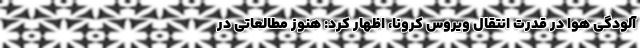
آلودگی هوا در قدرت انتقال ویروس کرونا،‌ اظهار کرد: هنوز مطالعاتی در